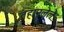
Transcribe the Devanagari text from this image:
तहानलेले